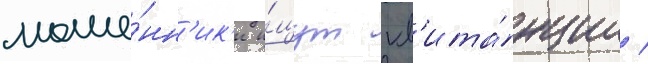
моше́нн'ик'и и́щут кв'ита́нции /